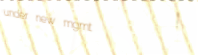
under new mgmt